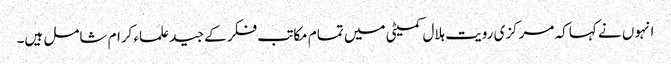
انہوں نے کہا کہ مرکزی رویت ہلال کمیٹی میں تمام مکاتب فکر کے جید علماء کرام شامل ہیں۔